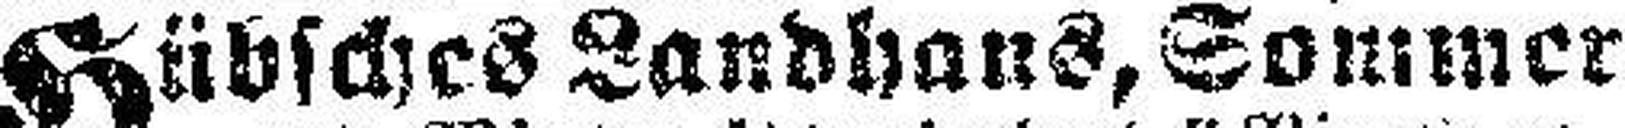
Hübsches Landhaus, Sommer